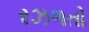
રઝળતો